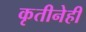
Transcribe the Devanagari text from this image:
कृतीनेही